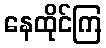
နေထိုင်ကြ